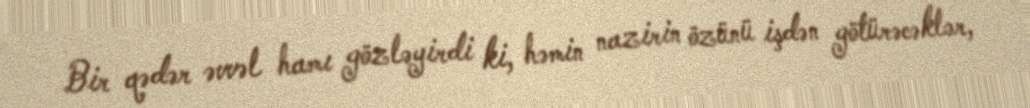
Bir qədər əvvəl hamı gözləyirdi ki, həmin nazirin özünü işdən götürəcəklər,